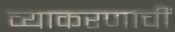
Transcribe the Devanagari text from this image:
व्याकरणाचीं